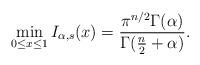
LaTeX: \begin{align*}\min_{0\leq x\leq 1}I_{\alpha,s}(x)=\frac{\pi^{n/2}\Gamma(\alpha)}{\Gamma(\frac{n}{2}+\alpha)}.\end{align*}